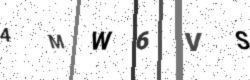
Text: 4MW6VS